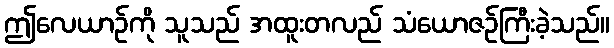
ဤလေယာဉ်ကို သူသည် အထူးတလည် သံယောဇဉ်ကြီးခဲ့သည်။